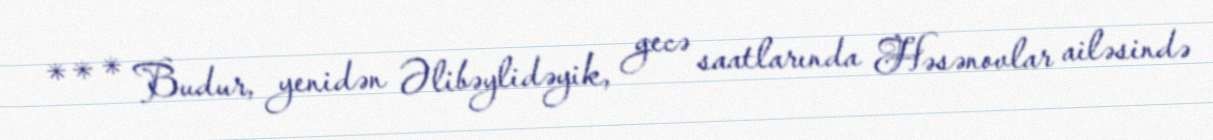
* * * Budur, yenidən Əlibəylidəyik, gecə saatlarında Həsənovlar ailəsində